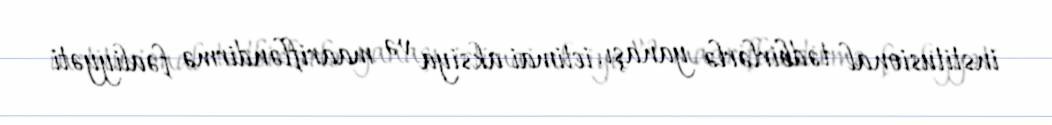
institusional tədbirlərlə yanaşı, ictimai aksiya və maarifləndirmə fəaliyyəti